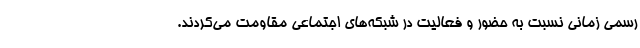
رسمی زمانی نسبت به حضور و فعالیت در شبکه‌های اجتماعی مقاومت می‌کردند.